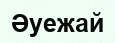
Әуежай